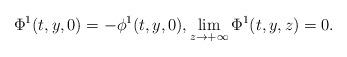
LaTeX: \begin{align*} \Phi^1(t,y,0) = - \phi^1(t,y,0), \lim_{z\rightarrow +\infty} \Phi^1(t,y,z) = 0. \end{align*}